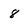
Character: 8